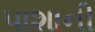
પાશાની